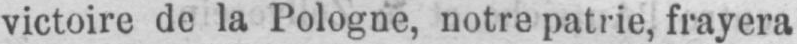
victoire de la Pologne, notre patrie, frayera